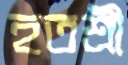
হতশ্রী